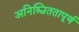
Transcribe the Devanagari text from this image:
अनिश्चिततापूर्ण